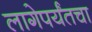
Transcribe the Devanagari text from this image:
लागेपर्यंतचा